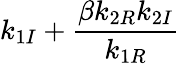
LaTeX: \displaystyle{k_{1I}+\frac{\beta k_{2R}k_{2I}}{k_{1R}}}